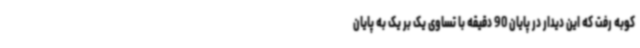
کوبه رفت که این دیدار در پایان 90 دقیقه با تساوی یک بر یک به پایان